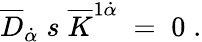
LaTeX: \overline{{{D}}}_{\dot{\alpha}}\; s\; \overline{{{K}}}^{1\dot{\alpha}}\; =\; 0\; .